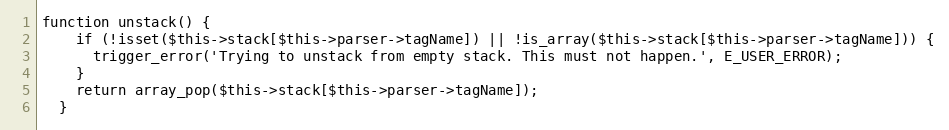
Language: PHP
function unstack() {
    if (!isset($this->stack[$this->parser->tagName]) || !is_array($this->stack[$this->parser->tagName])) {
      trigger_error('Trying to unstack from empty stack. This must not happen.', E_USER_ERROR);
    }
    return array_pop($this->stack[$this->parser->tagName]);
  }